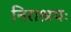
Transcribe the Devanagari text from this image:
निराश्रयः